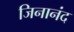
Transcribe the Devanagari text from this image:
जिनानंद